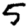
Digit: 5